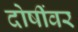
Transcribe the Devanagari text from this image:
दोषींवर